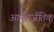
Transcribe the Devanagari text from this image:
आन्तार्जतिक